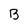
Character: B